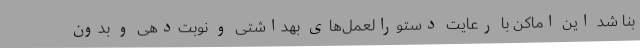
بنا شد این اماکن با رعایت دستورالعمل‌های بهداشتی و نوبت‌دهی و بدون